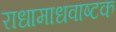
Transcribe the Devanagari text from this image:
राधामाधवाष्टक